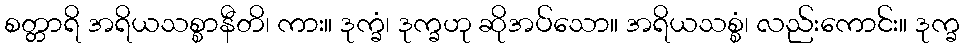
စတ္တာရိ အရိယသစ္စာနီတိ၊ ကား။ ဒုက္ခံ၊ ဒုက္ခဟု ဆိုအပ်သော။ အရိယသစ္စံ၊ လည်းကောင်း။ ဒုက္ခ